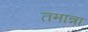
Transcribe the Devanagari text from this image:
तमान्ना